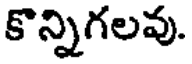
కొన్నిగలవు.